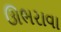
ઊભરાવા